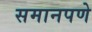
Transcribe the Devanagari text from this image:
समानपणे